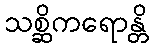
သစ္ဆိကရောန္တိ